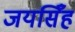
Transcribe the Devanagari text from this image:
जयसिँह